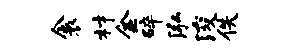
衾材金碎泓浚佚